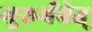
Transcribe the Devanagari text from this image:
गुरूर्भवेत्